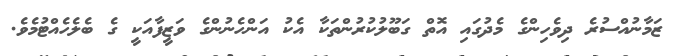
ޒަމާނުއްސުރެ ދިވެހިންގެ މެދުގައި އޮތް ގަބޫލުކުރުންތަކާ އެކު އަންހެނުންގެ ވަޒީފާއަކީ ގެ ބެލެހެއްޓުމެވެ.